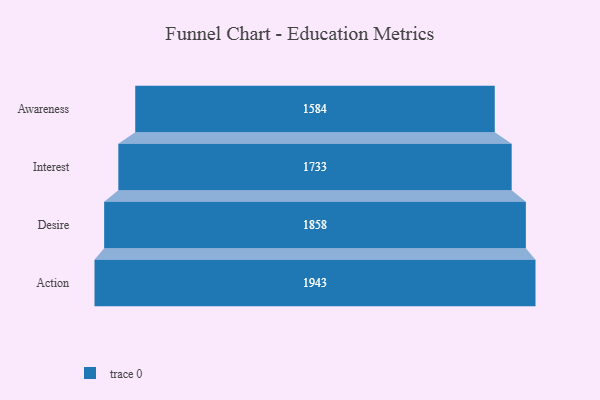
{"axis": {"x": "Stage", "y": "Value"}, "legend": [""], "data": [{"x": "Awareness", "y": 1584.0, "type": ""}, {"x": "Interest", "y": 1733.0, "type": ""}, {"x": "Desire", "y": 1858.0, "type": ""}, {"x": "Action", "y": 1943.0, "type": ""}]}